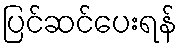
ပြင်ဆင်ပေးရန်